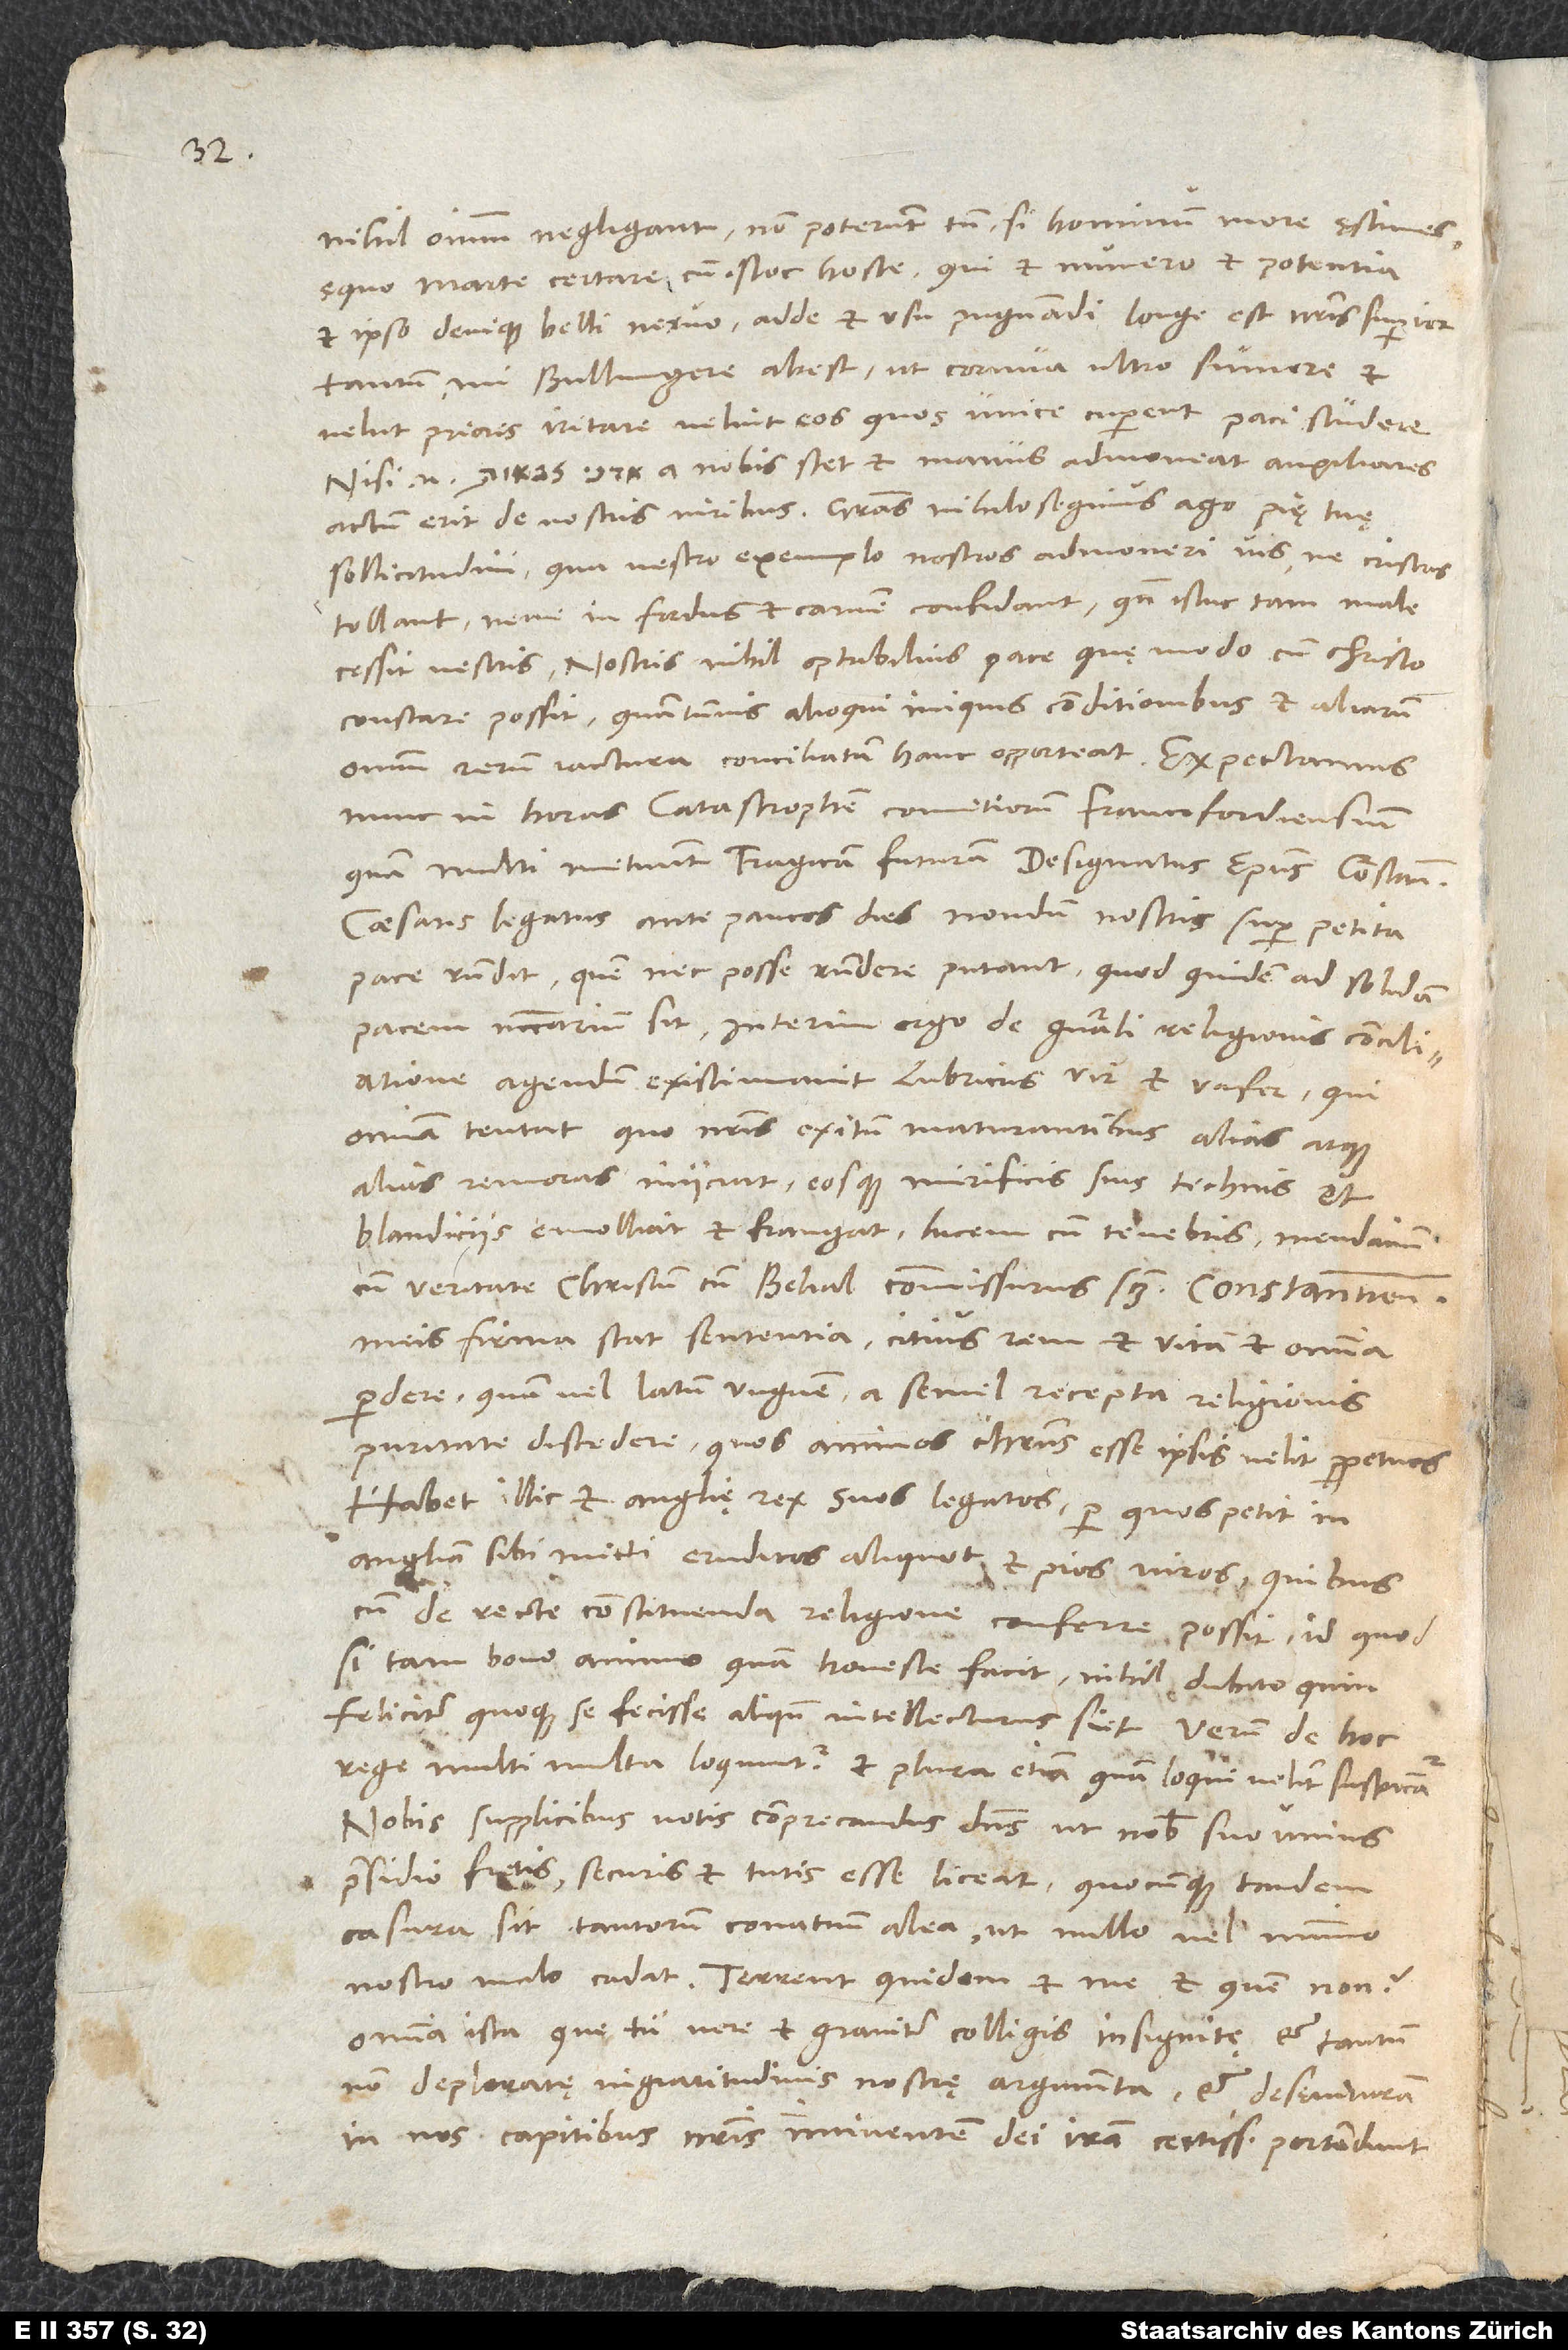
nihil omnium negligant, non poterunt tamen, si hominum more ęstimes,
ęquo Marte certare cum istoc hoste, qui et numero et potentia
et ipso denique belli nervo, adde et usu pugnandi longe est nostris superior?
Tantum, mi Bullingere, abest, ut cornua ultro sumere et
velut priores irritare velint eos, quos unice cuperent paci studere;
nisi enim tuabc ind a a nobis stet et manus admoveat auxiliares,
actum erit de nostris viribus. Gratias nihilo segnius ago pię tuę
sollicitudini, qua vestro exemplo nostros admoneri vis, ne cristas
tollant neve in foedus et carnem confidant, quando istuc tam male
cessit vestris. Nostris nihil optabilius pace, quę modo cum Christo
constare possit, quantumvis alioqui iniquis conditionibus et aliarum
omnium rerum iactura conciliatam hanc opporteat.
nunc in horas catastrophen comitiorum Francofordiensium,
quam multi metuunt tragicam futuram. Designatus episcopus Constantiensis,
caesaris legatus, ante paucos dies nondum nostris super petita
pace respondit, quem nec posse respondere putant, quod quidem ad solidam
pacem necessarium sit. Interim ergo de generali religionis conciliatione
agendum existimavit lubricus vir et vafer, qui
omnia tentat, quo nostris exitum maturantibus alias atque
alias remoras iniiciat eosque mirificis suis technis et
blandiciis emolliat et frangat, lucem cum tenebris, mendacium
cum veritate, Christum cum Belial commissurus scilicet. Constantiensibus
meis firma stat sententia citius rem et vitam et omnia
perdere quam vel latum unguem a semel recepta religionis
puritate discedere, quos animos Christus esse ipsis velit perpetuos.
Habet illic et Anglię rex suos legatos, per quos petit in
Angliam sibi mitti eruditos aliquot et pios viros, quibuscum
de recte constituenda religione conferre possit. Id quod
si tam bono animo quam honeste facit, nihil dubito, quin
feliciter quoque se fecisse aliquando intellecturus siet. Verum de hoc
rege multi multa loquuntur et plura etiam, quam loqui velint, suspicantur.
Nobis supplicibus votis comprecandus dominus, ut nobis suo unius
praesidio fretis securis et tutis esse liceat, quocunque tandem
casura sit tantorum conatuum alea, ut nullo vel minimo
nostro malo cadat. Terrent quidem et me - et quem non?
omnia ista, quę tu vere et graviter colligis insignitę et tantum
non deploratę ingratitudinis nostrę argumenta, et desęvituram
in nos capitibus nostris imminentem dei iram certissime portendunt.